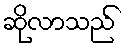
ဆိုလာသည်